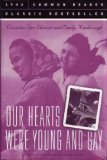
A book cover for Our Hearts Were Young and Gay: An Unforgettable Comic Chronicle of Innocents Abroad in the 1920s; Cornelia Otis Skinner; Gay & Lesbian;